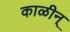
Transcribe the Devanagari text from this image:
काळीन्